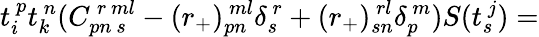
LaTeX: t_{i}^{~p}t_{k}^{~n}(C_{pn~s}^{~r~ml}-(r_{+})_{pn}^{~ml}\delta_{s}^{~r}+(r_{+})_{sn}^{~rl}\delta_{p}^{~m})S(t_{s}^{~j})=